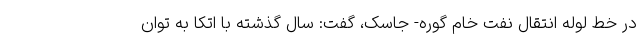
در خط لوله انتقال نفت خام گوره- جاسک، گفت: سال گذشته با اتکا به توان